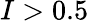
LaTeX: I>0.5